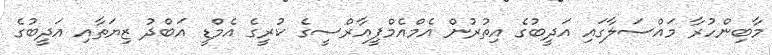
މާބިންހުރާ މައްސަލާގައި އަދީބުގެ އިތުރުން އެމްއެމްޕީއާރްސީގެ ކުރީގެ އެމްޑީ އަބްދު ޒިޔަތާއި އަދީބުގެ